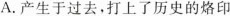
A.产生于过去，打上了历史的烙印